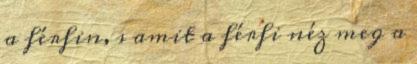
a férfin, s amit a férfi néz meg a